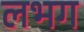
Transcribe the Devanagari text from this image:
लभग